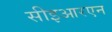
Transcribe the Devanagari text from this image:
सीइआरएन